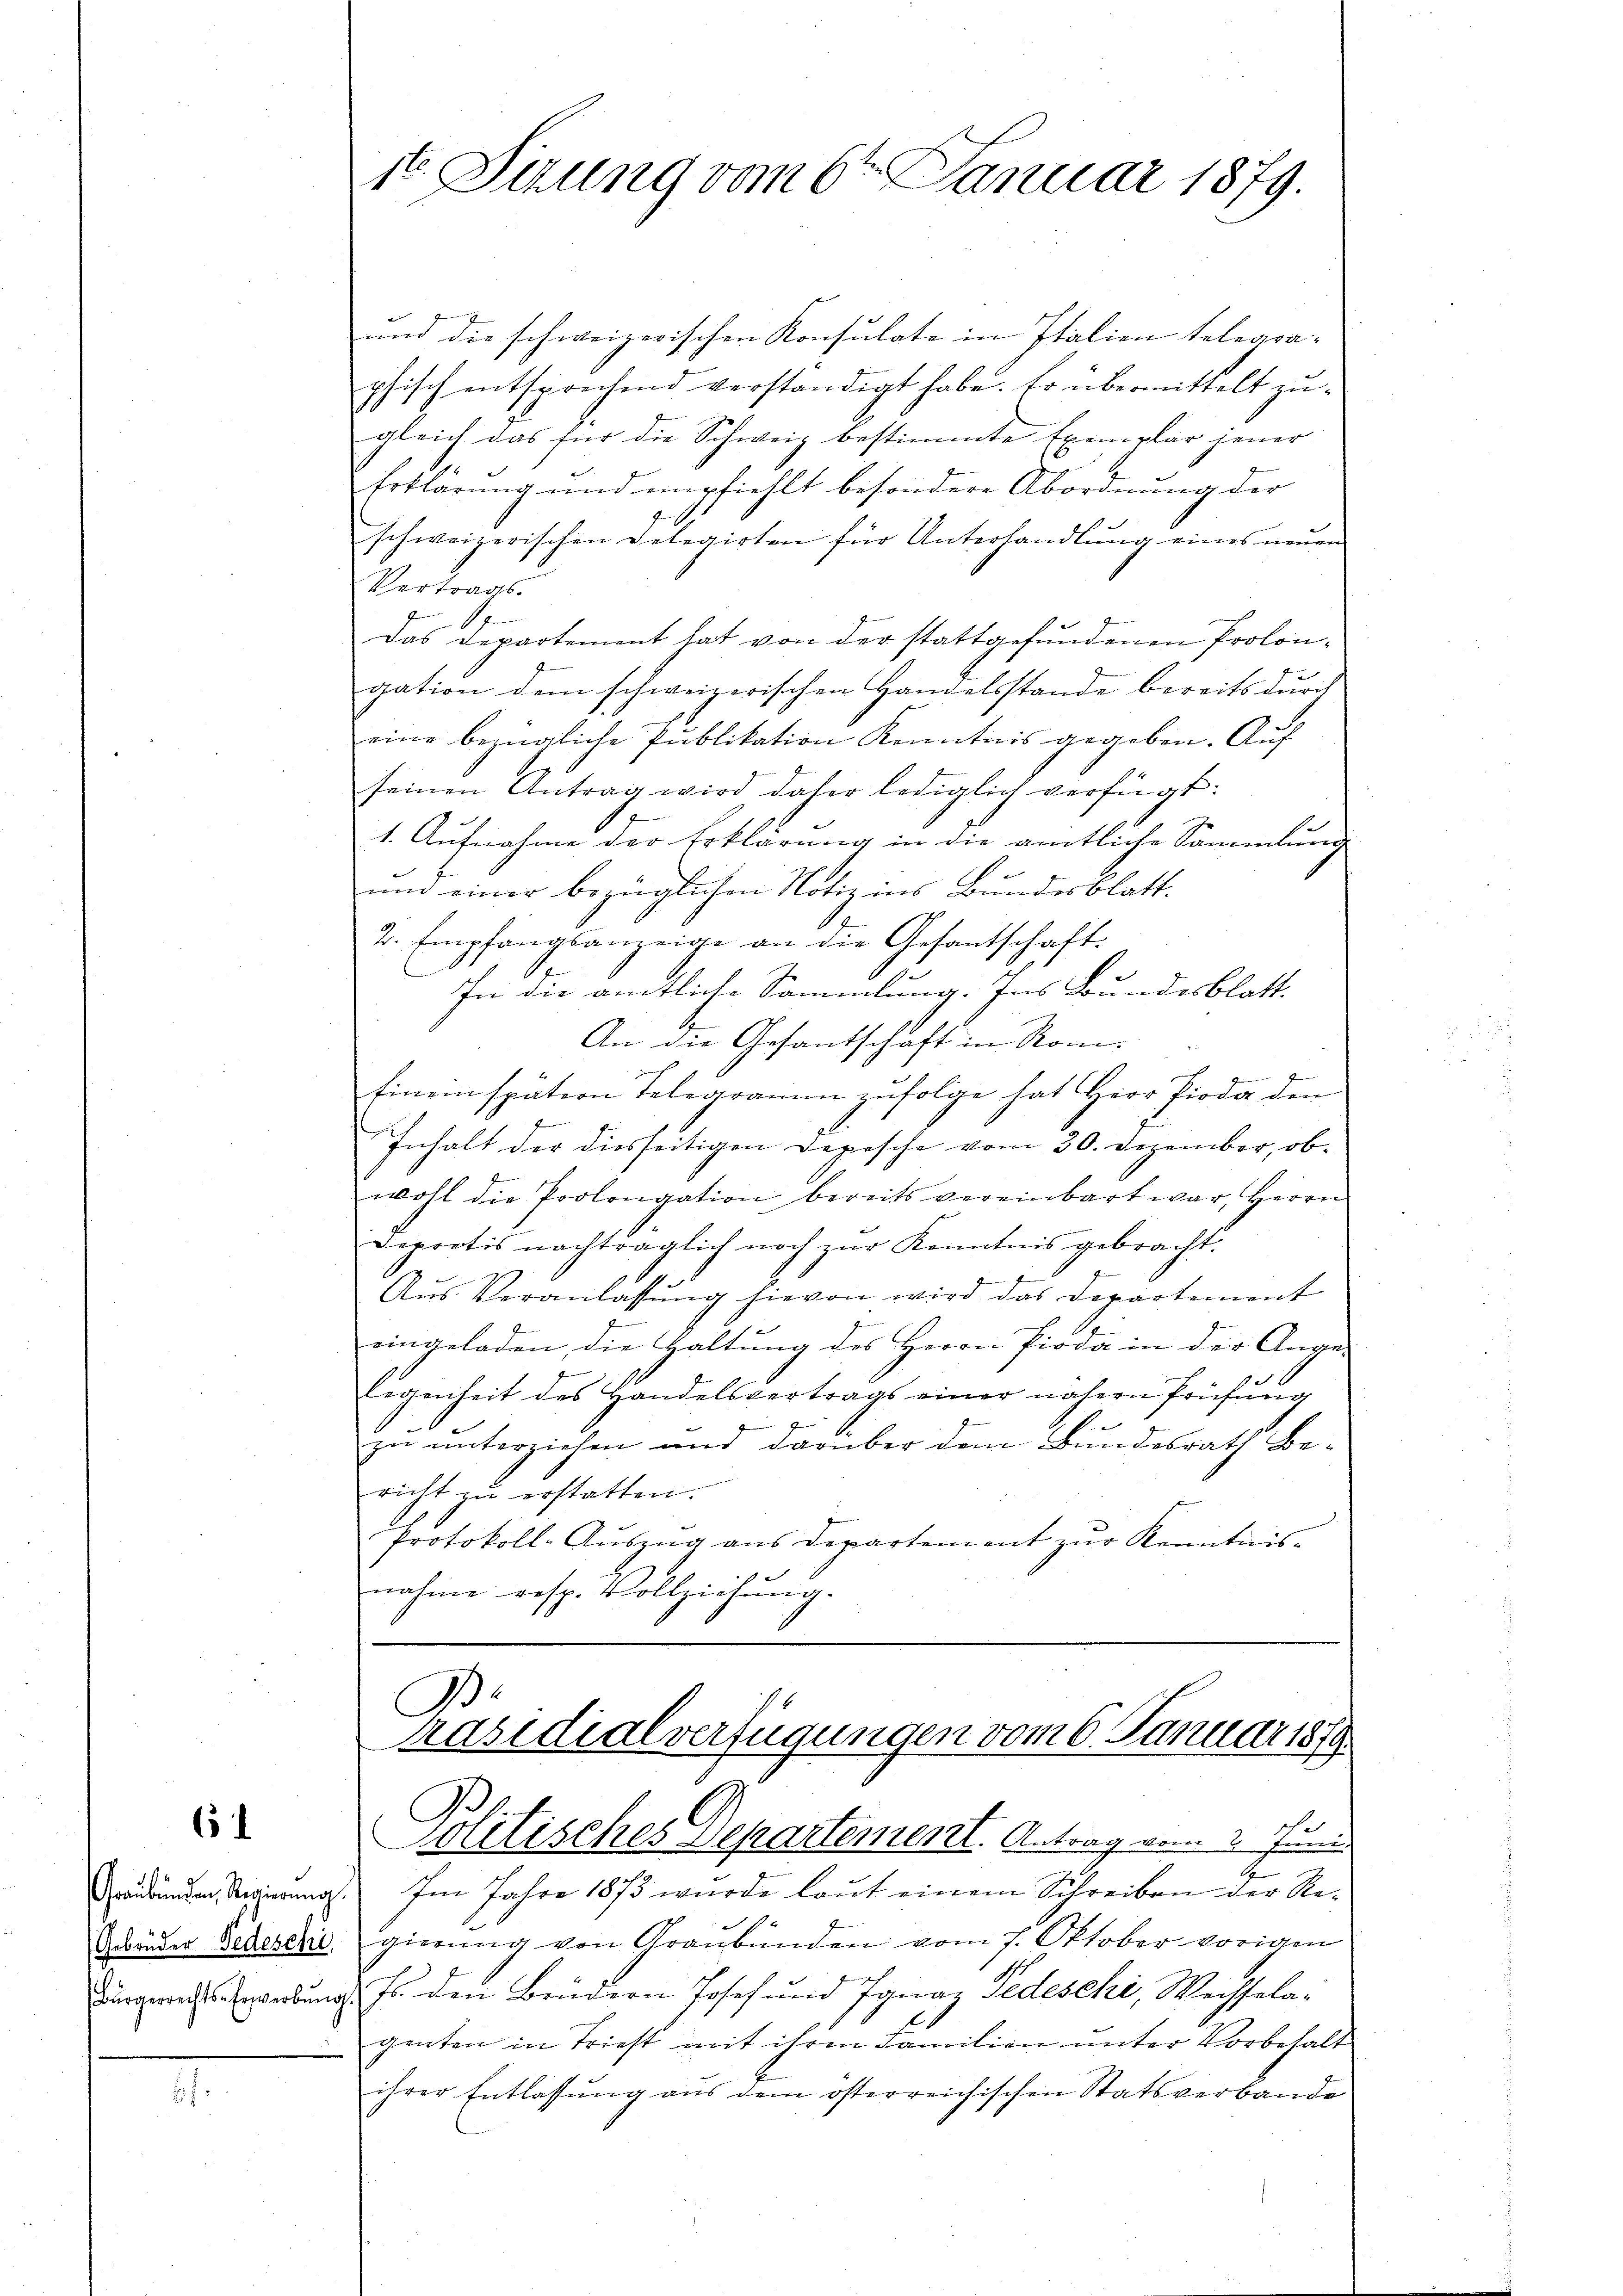
6

und die schweizerischen Konsulate in Italien telegraphisch entsprechend verständigt habe. Er übermittelt zugleich das für die Schweiz bestimmte Exemplar jener
Erklärung und empfiehlt besondere Abordnung der
schweizerischen Delegirten für Unterhandlung eines neuen
Vertrags.

Das Departement hat von der stattgefundenen Prolongation dem schweizerischen Handelsstande bereits durch
eine bezügliche Publikation Kenntnis gegeben. Auf
seinen Antrag wird daher lediglich verfügt:
1. Aufnahme der Erklärung in die amtliche Sammlung
un einer bezüglichen Notiz ins Bundesblatt.
2. Empfangsanzeige an die Gesantschaft:
In die amtliche Sammlung. Ins Bundesblatt-
An die Gesantschaft in Rom.
S
finein spätern Telegramm zŭfolge hat Herr Pioda den
Inhalt der diesseitigen Depesche vom 30. Dezember, obwohl die Prolongation bereits vereinbart war, Herrn
Depretis nachträglich noch zur Kenntnis gebracht.
Aus Veranlassung hievon wird das Departement
eingeladen, die Haltung des Herrn Pioda in der Ange-
.
legenheit des Handelsvertrags einer nähern Prüfŭng
zu unterziehen und darüber dem Bundesrath Be-
richt zu erstatten.
Protokoll-Aŭszŭg ans Departement zŭr Kenntnis-
nahme resp. Vollziehŭng.
0

1t. Sirung vom 6ten Januar 1879.

g
redenen Regierung. Im Jahre 1873 wurde laut einem Schreiben der Re¬
Gebäuder Bedeschi, gierung von Graubünden vom 7. Oktober vorigen
dsperrechts- Erwerbung. Er den Brüdern Josef und Ignaz Tedeschi, Weisselagenten in Triest mit ihren Familien unter Vorbehalt
ihrer Entlassung aus dem österreichischen Statsverbande
s

B.
Präsidialverfügungen vom 6. Januar 1879.
C
he
Politisches Departement. Antrag vom 2. Juni